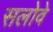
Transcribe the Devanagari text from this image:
सलोवे